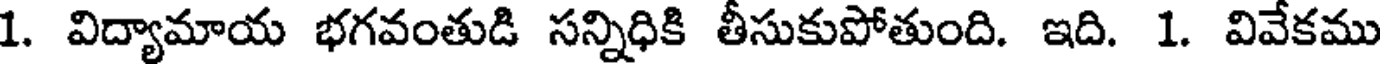
1. విద్యామాయ భగవంతుడి సన్నిధికి తీసుకుపోతుంది. ఇది. 1. వివేకము